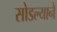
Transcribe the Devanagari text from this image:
सोडल्याने